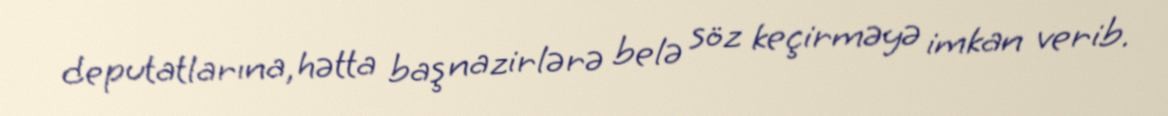
deputatlarına, hətta baş nazirlərə belə söz keçirməyə imkan verib.